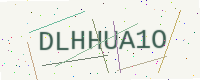
Text: DLHHUA1O